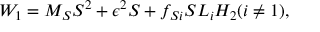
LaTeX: W _ { 1 } = M _ { S } S ^ { 2 } + \epsilon ^ { 2 } S + f _ { S i } S L _ { i } H _ { 2 } ( i \neq 1 ) ,